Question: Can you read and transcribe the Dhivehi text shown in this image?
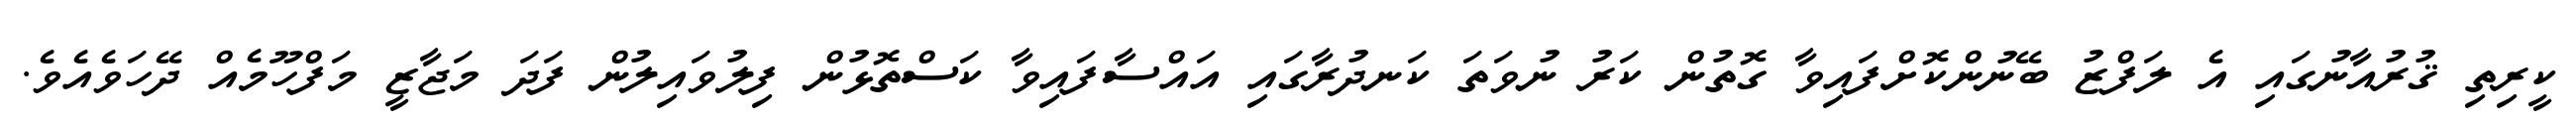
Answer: ކީރިތި ޤުރުއާނުގައި އެ ލަފްޒު ބޭނުންކޮށްފައިވާ ގޮތުން ކަރު ނުވަތަ ކަނދުރާގައި އައްސާފައިވާ ކަސްތޮޅުން ފިލުވައިލުން ފަދަ މަޖާޒީ މަފްހޫމެއް ދޭހަވެއެވެ.